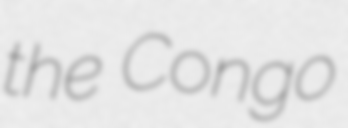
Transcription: the Congo